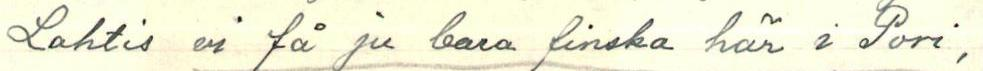
Lahtis vi få ju bara finska här i Pori,